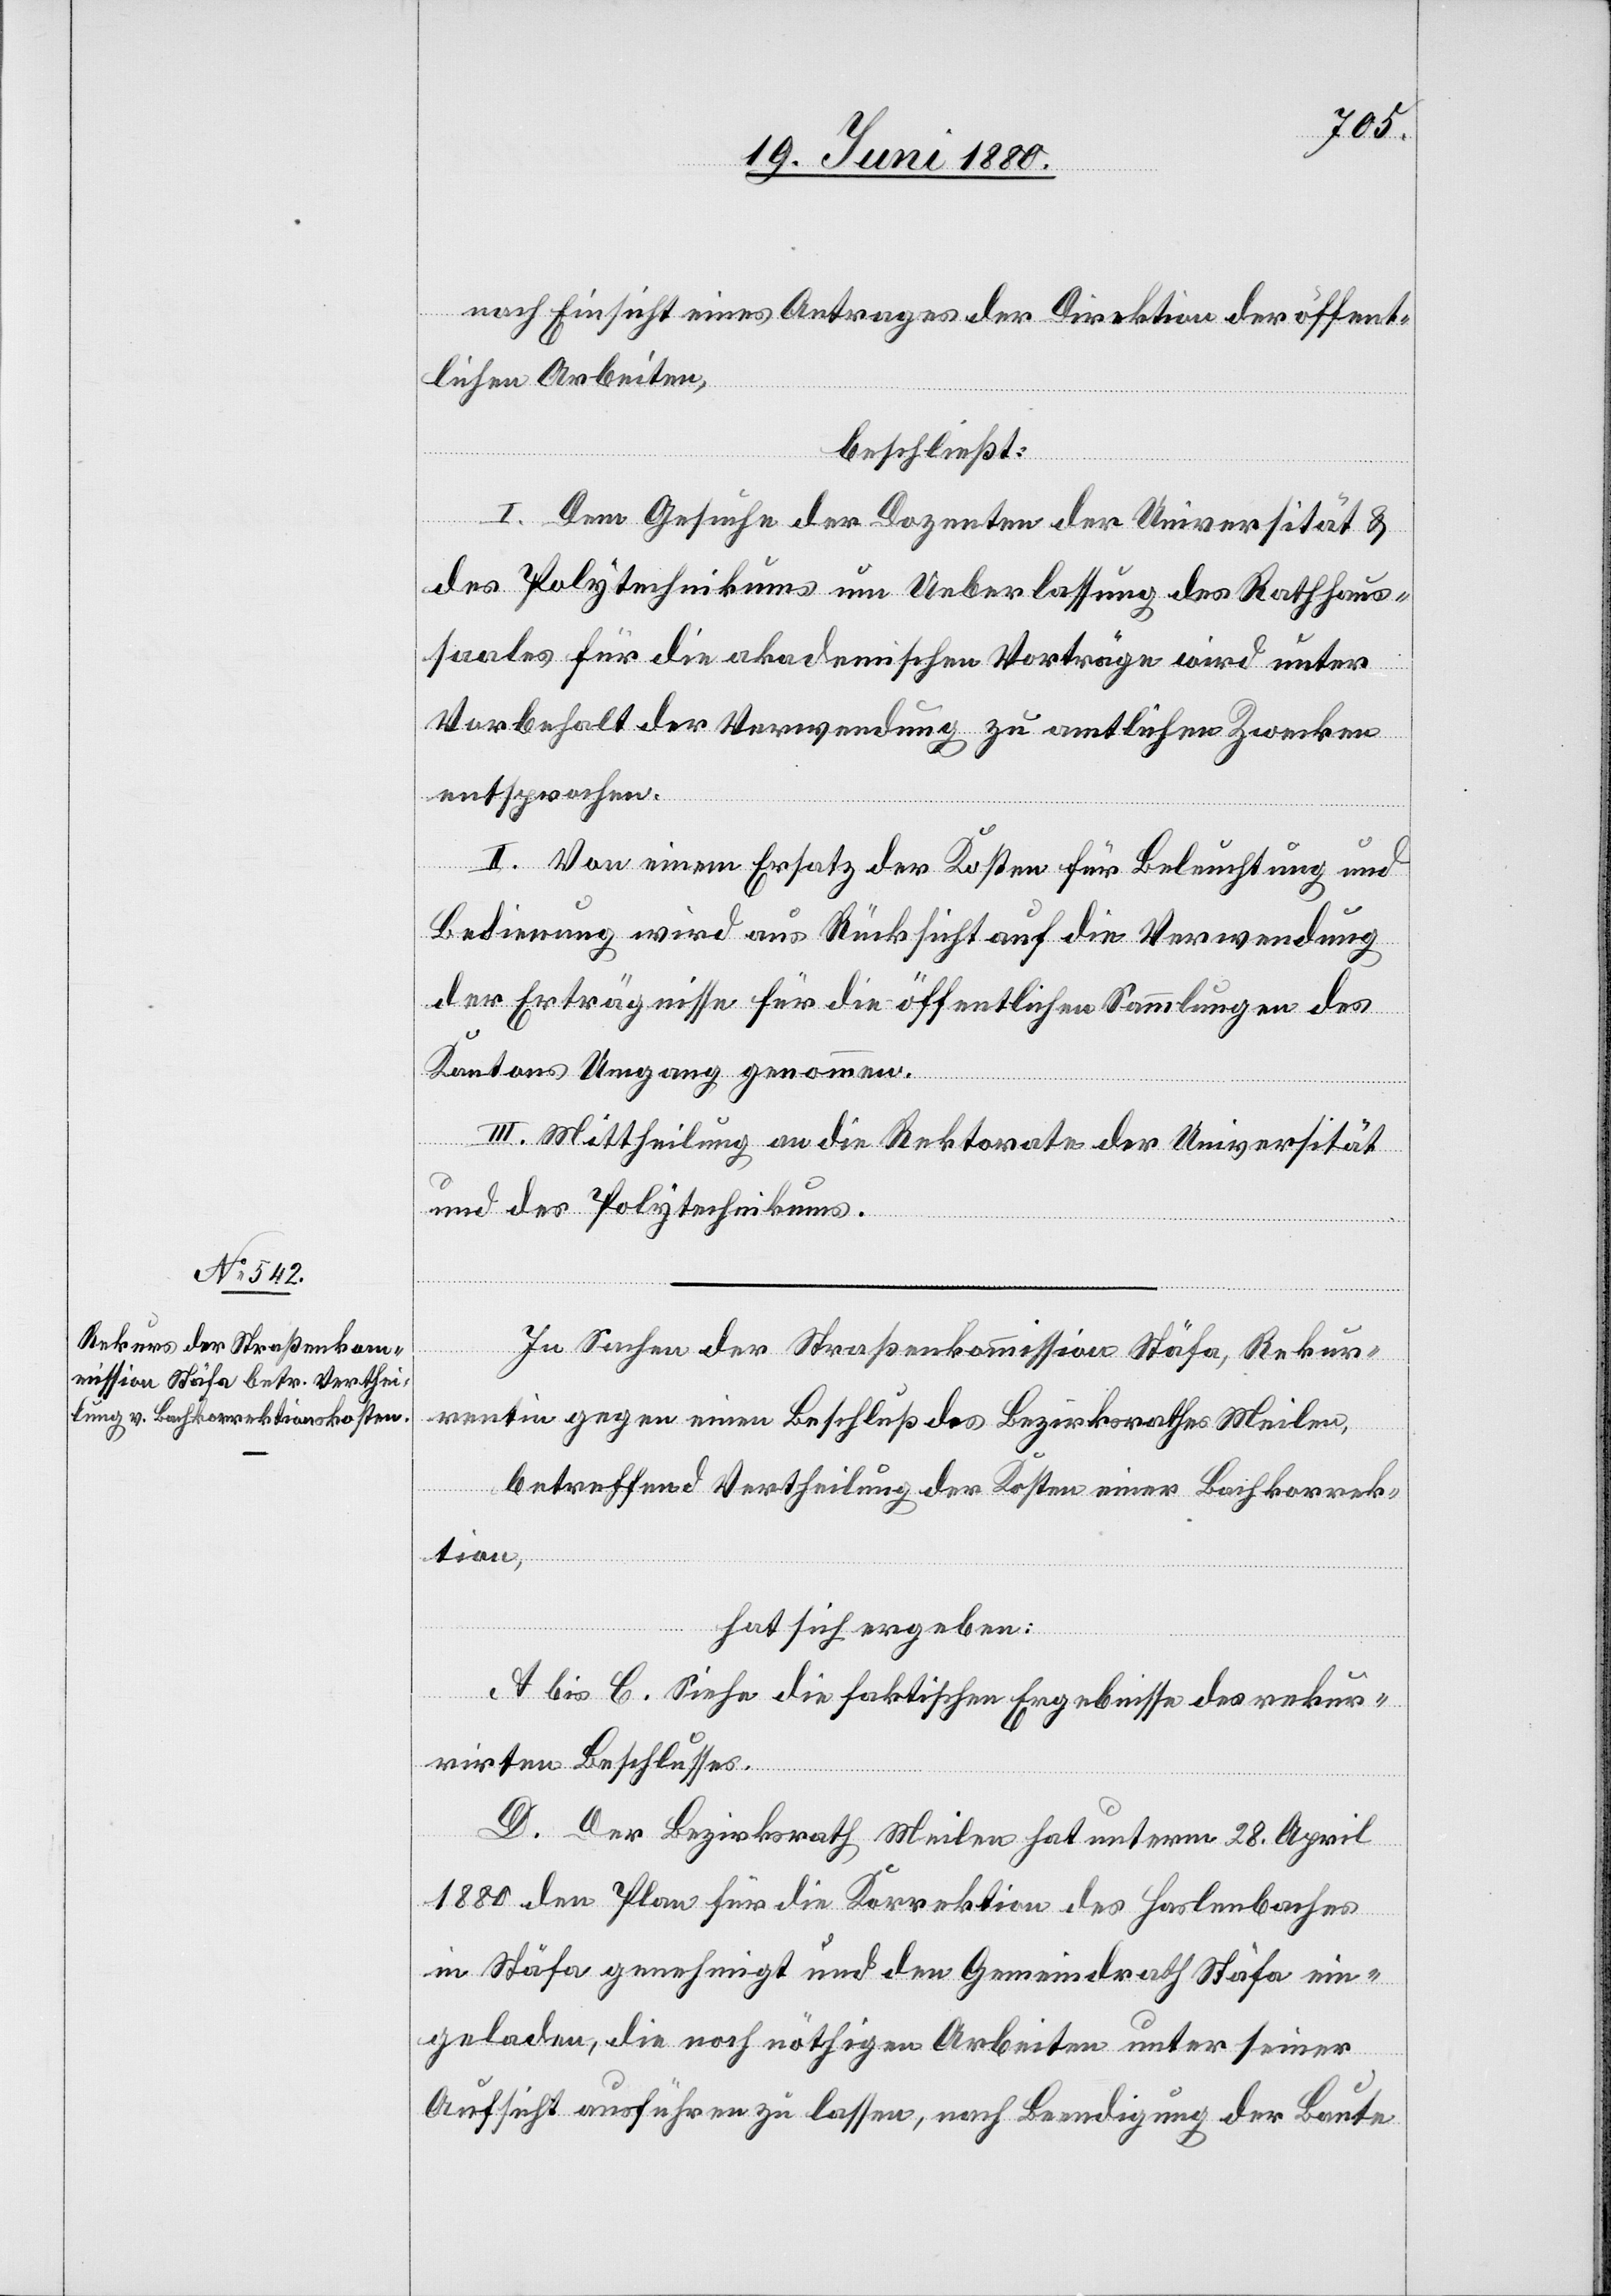
nach Einsicht eines Antrages der Direktion der öffent¬
lichen Arbeiten,
beschließt:
I. Dem Gesuche der Dozenten der Universität &
des Polytechnikums um Ueberlassung des Rathhaus¬
saales für die akademischen Vorträge wird unter
Vorbehalt der Verwendung zu amtlichen Zwecken
entsprochen.
II. Von einem Ersatz der Kosten für Beleuchtung und
Bedienung wird aus Rücksicht auf die Verwendung
der Erträgnisse für die öffentlichen Sammlungen des
Kantons Umgang genommen.
III. Mittheilung an die Rektorate der Universität
und des Polytechnikums.
In Sachen der Straßenkommission Stäfa, Rekur¬
rentin gegen einen Beschluß des Bezirksrathes Meilen,
betreffend Vertheilung der Kosten einer Bachkorrek¬
tion,
hat sich ergeben:
A bis C. Siehe die faktischen Ergebnisse des rekur¬
rirten Beschlusses.
D. Der Bezirksrath Meilen hat unterm 28. April
1880 den Plan für die Korrektion des Haslenbaches
in Stäfa genehmigt und den Gemeindrath Stäfa ein¬
geladen, die noch nöthigen Arbeiten unter seiner
Aufsicht ausführen zu lassen, nach Beendigung der Baute